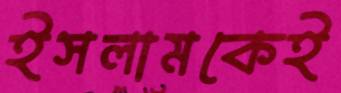
ইসলামকেই